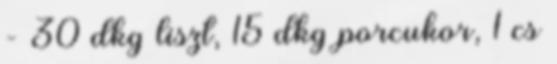
- 30 dkg liszt, 15 dkg porcukor, 1 cs